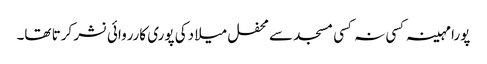
پورا مہینہ کسی نہ کسی مسجد سے محفل میلا دکی پوری کارروائی نشر کرتا تھا۔